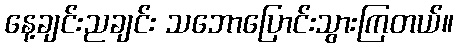
နေ့ချင်းညချင်း သဘောပြောင်းသွားကြတယ်။